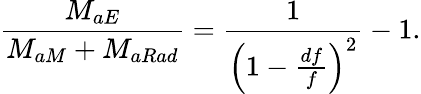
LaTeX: \frac{M_{aE}}{M_{aM}+M_{aRad}}=\frac{1}{\left(1-\frac{df}{f}\right)^{2}}-1.